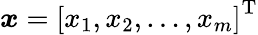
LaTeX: {\boldsymbol{\mathit{x}}}={\left[\begin{array}{l}{x_{1},x_{2},\dots,x_{m}}\end{array}\right]}^{\mathrm{{{T}}}}